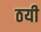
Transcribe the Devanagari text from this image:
ठयी